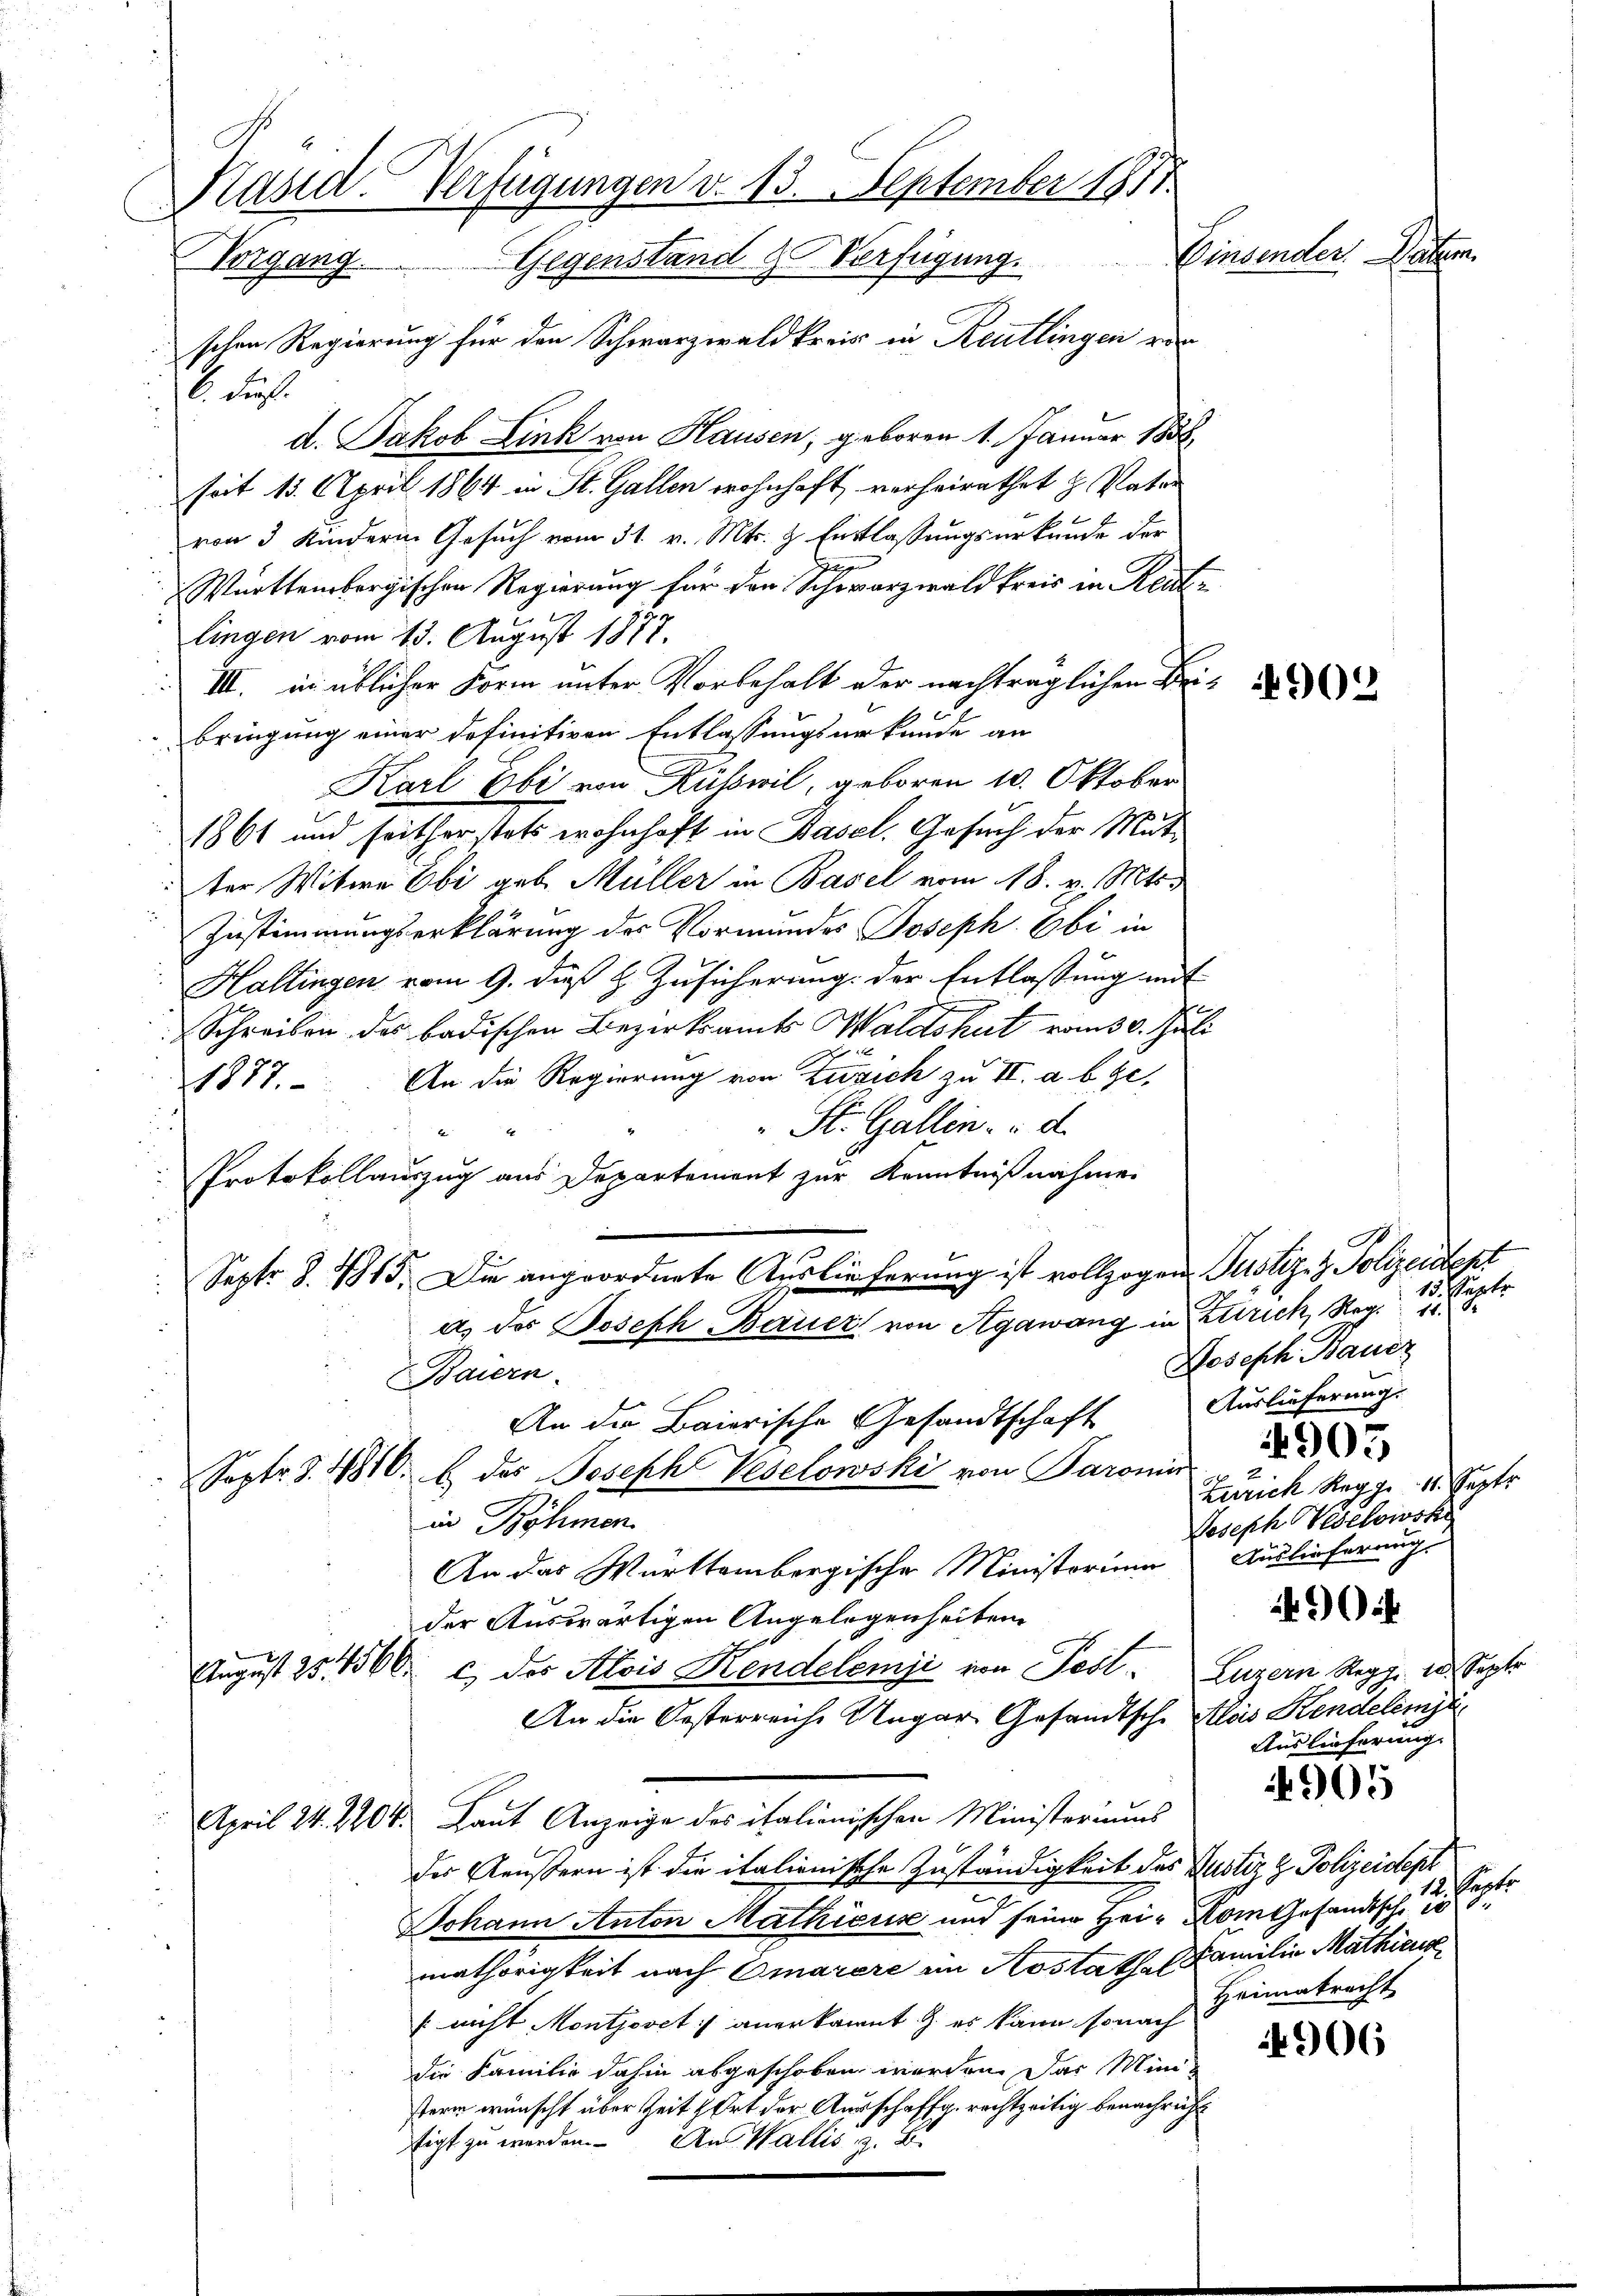
Käsid. Verfügungen v. 13. September 1851.
Einsender. Natur.
Vorgang. Gegenständ & Verfügung.
schen Regierung für den Schwarzwaldkreis in Reutlingen von

Schul
d. Jakob Link von Hausen, geboren 1. Januar 1858.
seit 15. April 1864 in St. Gallen wohnhaft, verheirathet H. Vater
von 3 Kindern Gesuch vom 31. v. Mts. & Entlassungsurkunde der
Württembergischen Regierung für den Schwarzwald kreis in Rentlingen vom 13. August 1877.
III. in üblicher Form unter Vorbehalt der nachträglichen Bei de
bringung einer definitiven Entlassungsurkunde an
Karl Ebi von Küsswil, geboren 1. Oktober
1861 und seitherstets wohnhaft in Basel. Gesuch der Mutter Witwe Ebi geb. Müller in Basel vom 18. v. Mts.
Zustimmungserklärung des Vormundes Joseph Obi in
f
Haltingen vom 9. daß H. Zusicherung der Entlassung mit
Schreiben des badischen Bezirksamts Waldshut vom 30. Juli
1877. An die Regierung von Zürich zu III. a. b. Ge¬
St. Gallen u. d.
4
Protokollauszug aus Departement zur Kenntnißnahme.
Sept. 8. 415. Die angeordnete Auslieferung ist vollzogen Justiz- & Polizeidept
a.) des Joseph Bauer von Agawang in Stirich, Reg. 188
Baiern.
An die Baierische Gesandtschaft
Septe §. 4810. b des Joseph Veselowski von Paronin
in Böhmen.
An das Württembergische Ministorium Auslieferung
der Auswärtigen Angelegenheiten
August 25, 1566 c. des Alois Kendelemji von Fest. Luzern Regg. 20. Septe
An die Oesterreiche Ungar Gesandtsche Klas Kindelemje
April 24. 2207. Laut Anzeige des italienischen Ministeriums
der Aeußern ist die italienische Zuständigkeit des Justiz & Polizeidept
Johann Anton Mathicus und seine Hei-Kom Gesandtsche in
mathörigkeit nach Omarere im Kostathes Familie Mathicus
f nicht Montjovet anerkannt & es kann sonach
die Familie dahin abgeschoben werden. Das Mini
stern wünscht über Zeit Ort der Ausschaffg, rechtzeitig benachricht
tigt zu werden. An Wallis

.
15. Septe
Joseph Bauzz
Auslieferung.
4905
Zürich Regge 11. Sept
Joseph Wesekowsk

c

Auslieferung.

905

12. Sept.
Heimatrecht